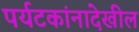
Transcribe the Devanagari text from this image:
पर्यटकांनादेखील